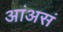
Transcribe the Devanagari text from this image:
आंअसं